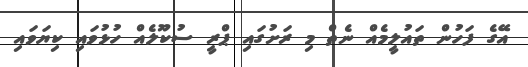
އޭގެ ފަހުން ތައުލީމެއް ނެތް މި ރަށުގައި ޕްރީ ސުކޫލެއް ހުޅުވައި ކިޔަވައި